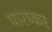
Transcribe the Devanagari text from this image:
परिष्कर